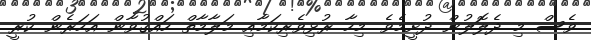
ވެސް މި ދެލޮލުން ދުށީމެވެ. މިހާ ރުޅިވެރިކަމާއި މަލާމާތް ހައްޤުވާން އަހަރެން ކުރީ